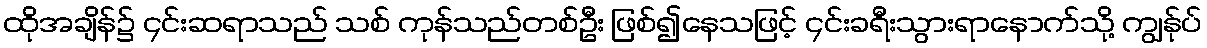
ထိုအချိန်၌ ၄င်းဆရာသည် သစ် ကုန်သည်တစ်ဦး ဖြစ်၍နေသဖြင့် ၄င်းခရီးသွားရာနောက်သို့ ကျွန်ုပ်